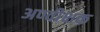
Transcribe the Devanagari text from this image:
अण्वीक्षक